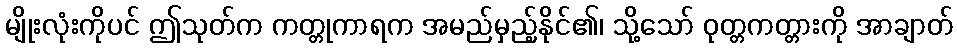
မျိုးလုံးကိုပင် ဤသုတ်က ကတ္တုကာရက အမည်မှည့်နိုင်၏၊ သို့သော် ဝုတ္တကတ္တားကို အာချာတ်